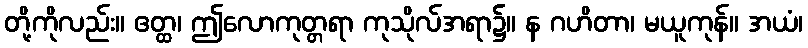
တို့ကိုလည်း။ ဧတ္ထ၊ ဤလောကုတ္တရာ ကုသိုလ်အရာ၌။ န ဂဟိတာ၊ မယူကုန်။ အယံ၊